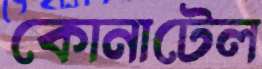
কোনাটেল